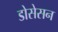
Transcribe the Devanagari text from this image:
डोसेसन